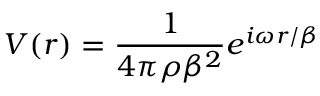
V ( r ) = \frac { 1 } { 4 \pi \rho \beta ^ { 2 } } e ^ { i \omega r / \beta }